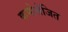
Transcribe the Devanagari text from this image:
कमोत्तेजित